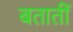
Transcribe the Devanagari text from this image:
बतातीं